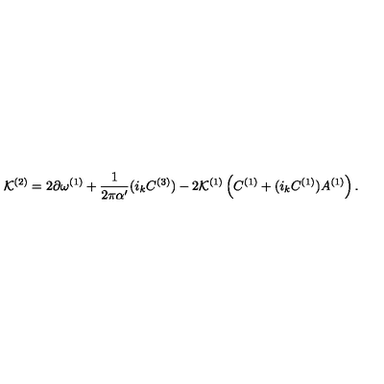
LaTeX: { \cal K } ^ { ( 2 ) } = 2 \partial \omega ^ { ( 1 ) } + { \frac { 1 } { 2 \pi \alpha ^ { \prime } } } ( i _ { k } C ^ { ( 3 ) } ) - 2 { \cal K } ^ { ( 1 ) } \left( C ^ { ( 1 ) } + ( i _ { k } C ^ { ( 1 ) } ) A ^ { ( 1 ) } \right) .